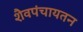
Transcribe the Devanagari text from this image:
शैवपंचायतन